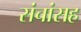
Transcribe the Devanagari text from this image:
संचांसह